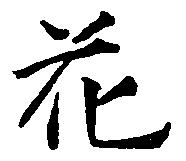
花